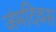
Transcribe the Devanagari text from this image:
जंमदिवस